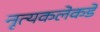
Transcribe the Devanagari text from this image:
नृत्यकलेकडे